Subject: physics
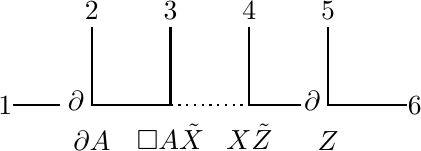
LaTeX code:
\begin{tikzpicture}[baseline={(0, +0.3cm)}]
\draw[thick] (-2.5,0) -- (-1.9,0) ;
\draw[thick] (1.5,1) -- (1.5,0) -- (2.5,0);
\draw[thick] (0.5,1) -- (0.5,0) -- (1.15,0);
\draw[thick,dotted] (-0.5,0) -- (0.5,0);
\draw[thick] (-0.5,1) -- (-0.5,0)--(-1.5,0)--(-1.5,1);
\node at (-2.6,0) {$1$};
\node at (-1.5,1.2) {$2$};
\node at (-.5,1.2) {$3$};
\node at (.5,1.2) {$4$};
\node at (1.5,1.2) {$5$};
\node at (2.6,0) {$6$};
\node at (-1.5,-0.45) {$ \partial A $};
\node at (-0.5,-0.4) {$ \Box A \tilde{X} $};
\node at (0.5,-0.4) {$X \tilde{Z}$};
\node at (1.5,-0.45) {$Z$};
\node at (1.3,0.05) {$\partial$};
\node at (-1.7,0.05) {$\partial$};
\end{tikzpicture}